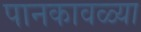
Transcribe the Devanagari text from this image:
पानकावळ्या